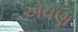
એવણ